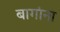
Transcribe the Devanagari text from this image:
बागांना